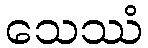
သေဿံ